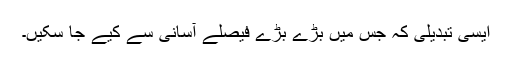
ایسی تبدیلی کہ جس میں بڑے بڑے فیصلے آسانی سے کیے جا سکیں۔